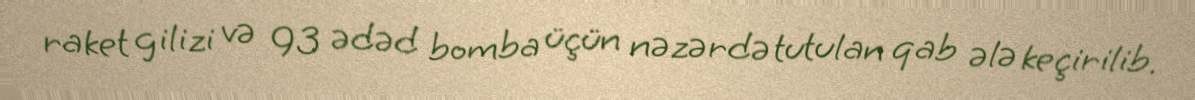
raket gilizi və 93 ədəd bomba üçün nəzərdə tutulan qab ələ keçirilib.